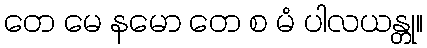
တေ မေ နမော တေ စ မံ ပါလယန္တု။